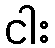
ငါး